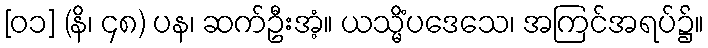
[၀၁] (နိ၊ ၄၈) ပန၊ ဆက်ဦးအံ့။ ယသ္မိံပဒေသေ၊ အကြင်အရပ်၌။